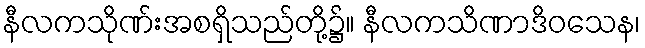
နီလကသိုဏ်းအစရှိသည်တို့၌။ နီလကသိဏာဒိဝသေန၊